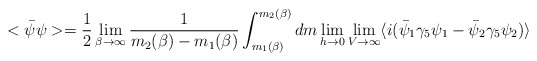
\begin{align*}<\bar\psi\psi> ={1\over 2} \lim_{\beta\rightarrow\infty}{1\over m_2(\beta)-m_1(\beta)}\int_{m_1(\beta)}^{m_2(\beta)} dm \lim_{h\rightarrow 0} \lim_{V\rightarrow\infty} \langle i(\bar\psi_1\gamma_5 \psi_1 - \bar\psi_2\gamma_5 \psi_2) \rangle\end{align*}